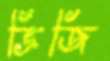
ভ্রিজি